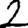
Digit: 2